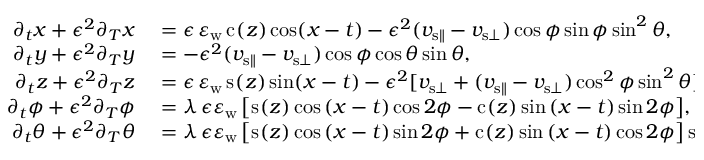
\begin{array} { r l } { \partial _ { t } { x } + \epsilon ^ { 2 } \partial _ { T } { x } } & { { } = \epsilon \, \varepsilon _ { \mathrm { w } } \, \mathrm { c } _ { } ( z ) \cos \mathopen { } \mathclose \bgroup \mathopen { } \mathclose \bgroup \mathopen { } \mathclose \bgroup \mathopen { } \mathclose \bgroup \mathopen { } \mathclose \bgroup \mathopen { } \mathclose \bgroup \mathopen { } \mathclose \bgroup \mathopen { } \mathclose \bgroup \mathopen { } \mathclose \bgroup \mathopen { } \mathclose \bgroup \left( x - t \aftergroup \egroup \aftergroup \egroup \aftergroup \egroup \aftergroup \egroup \aftergroup \egroup \aftergroup \egroup \aftergroup \egroup \aftergroup \egroup \aftergroup \egroup \aftergroup \egroup \right) - \epsilon ^ { 2 } ( v _ { { \mathrm { s } } \parallel } - v _ { { \mathrm { s } } \bot } ) \cos \phi \sin \phi \sin ^ { 2 } \theta , } \\ { \partial _ { t } { y } + \epsilon ^ { 2 } \partial _ { T } { y } } & { { } = - \epsilon ^ { 2 } ( v _ { { \mathrm { s } } \parallel } - v _ { { \mathrm { s } } \bot } ) \cos \phi \cos \theta \sin \theta , } \\ { \partial _ { t } { z } + \epsilon ^ { 2 } \partial _ { T } { z } } & { { } = \epsilon \, \varepsilon _ { \mathrm { w } } \, \mathrm { s } _ { } ( z ) \sin \mathopen { } \mathclose \bgroup \mathopen { } \mathclose \bgroup \mathopen { } \mathclose \bgroup \mathopen { } \mathclose \bgroup \mathopen { } \mathclose \bgroup \mathopen { } \mathclose \bgroup \mathopen { } \mathclose \bgroup \mathopen { } \mathclose \bgroup \mathopen { } \mathclose \bgroup \mathopen { } \mathclose \bgroup \left( x - t \aftergroup \egroup \aftergroup \egroup \aftergroup \egroup \aftergroup \egroup \aftergroup \egroup \aftergroup \egroup \aftergroup \egroup \aftergroup \egroup \aftergroup \egroup \aftergroup \egroup \right) - \epsilon ^ { 2 } [ v _ { { \mathrm { s } } \bot } + ( v _ { { \mathrm { s } } \parallel } - v _ { { \mathrm { s } } \bot } ) \cos ^ { 2 } \phi \sin ^ { 2 } \theta ] , } \\ { \partial _ { t } { \phi } + \epsilon ^ { 2 } \partial _ { T } { \phi } } & { { } = \lambda \, \epsilon \varepsilon _ { \mathrm { w } } \, \mathopen { } \mathclose \bgroup \mathopen { } \mathclose \bgroup \mathopen { } \mathclose \bgroup \mathopen { } \mathclose \bgroup \mathopen { } \mathclose \bgroup \mathopen { } \mathclose \bgroup \mathopen { } \mathclose \bgroup \mathopen { } \mathclose \bgroup \mathopen { } \mathclose \bgroup \mathopen { } \mathclose \bgroup \left[ \mathrm { s } _ { } ( z ) \cos { ( x - t ) } \cos { 2 \phi } - \mathrm { c } _ { } ( z ) \sin { ( x - t ) } \sin { 2 \phi } \aftergroup \egroup \aftergroup \egroup \aftergroup \egroup \aftergroup \egroup \aftergroup \egroup \aftergroup \egroup \aftergroup \egroup \aftergroup \egroup \aftergroup \egroup \aftergroup \egroup \right] , } \\ { \partial _ { t } { \theta } + \epsilon ^ { 2 } \partial _ { T } { \theta } } & { { } = \lambda \, \epsilon \varepsilon _ { \mathrm { w } } \, \mathopen { } \mathclose \bgroup \mathopen { } \mathclose \bgroup \mathopen { } \mathclose \bgroup \mathopen { } \mathclose \bgroup \mathopen { } \mathclose \bgroup \mathopen { } \mathclose \bgroup \mathopen { } \mathclose \bgroup \mathopen { } \mathclose \bgroup \mathopen { } \mathclose \bgroup \mathopen { } \mathclose \bgroup \left[ \mathrm { s } _ { } ( z ) \cos { ( x - t ) } \sin { 2 \phi } + \mathrm { c } _ { } ( z ) \sin { ( x - t ) } \cos { 2 \phi } \aftergroup \egroup \aftergroup \egroup \aftergroup \egroup \aftergroup \egroup \aftergroup \egroup \aftergroup \egroup \aftergroup \egroup \aftergroup \egroup \aftergroup \egroup \aftergroup \egroup \right] \sin \theta \cos \theta . } \end{array}